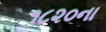
૧૮૨૦ના